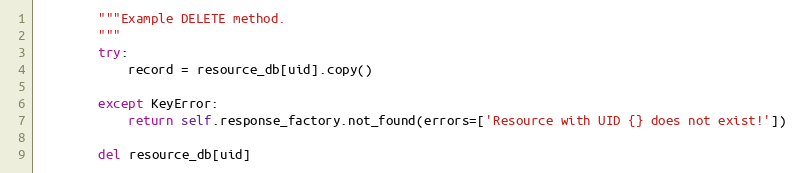
Language: Python
        """Example DELETE method.
        """
        try:
            record = resource_db[uid].copy()

        except KeyError:
            return self.response_factory.not_found(errors=['Resource with UID {} does not exist!'])

        del resource_db[uid]